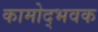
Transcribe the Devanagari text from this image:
कामोद्भवक